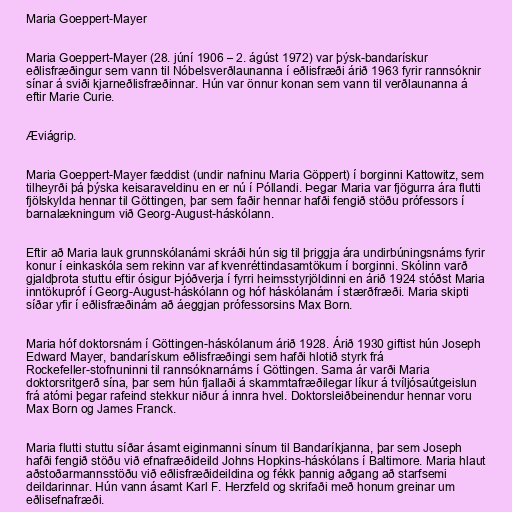
Maria Goeppert-Mayer

Maria Goeppert-Mayer (28. júní 1906 – 2. ágúst 1972) var þýsk-bandarískur
eðlisfræðingur sem vann til Nóbelsverðlaunanna í eðlisfræði árið 1963 fyrir rannsóknir
sínar á sviði kjarneðlisfræðinnar. Hún var önnur konan sem vann til verðlaunanna á
eftir Marie Curie.

Æviágrip.

Maria Goeppert-Mayer fæddist (undir nafninu Maria Göppert) í borginni Kattowitz, sem
tilheyrði þá þýska keisaraveldinu en er nú í Póllandi. Þegar Maria var fjögurra ára flutti
fjölskylda hennar til Göttingen, þar sem faðir hennar hafði fengið stöðu prófessors í
barnalækningum við Georg-August-háskólann.

Eftir að Maria lauk grunnskólanámi skráði hún sig til þriggja ára undirbúningsnáms fyrir
konur í einkaskóla sem rekinn var af kvenréttindasamtökum í borginni. Skólinn varð
gjaldþrota stuttu eftir ósigur Þjóðverja í fyrri heimsstyrjöldinni en árið 1924 stóðst Maria
inntökupróf í Georg-August-háskólann og hóf háskólanám í stærðfræði. Maria skipti
síðar yfir í eðlisfræðinám að áeggjan prófessorsins Max Born.

Maria hóf doktorsnám í Göttingen-háskólanum árið 1928. Árið 1930 giftist hún Joseph
Edward Mayer, bandarískum eðlisfræðingi sem hafði hlotið styrk frá
Rockefeller-stofnuninni til rannsóknarnáms í Göttingen. Sama ár varði Maria
doktorsritgerð sína, þar sem hún fjallaði á skammtafræðilegar líkur á tvíljósaútgeislun
frá atómi þegar rafeind stekkur niður á innra hvel. Doktorsleiðbeinendur hennar voru
Max Born og James Franck.

Maria flutti stuttu síðar ásamt eiginmanni sínum til Bandaríkjanna, þar sem Joseph
hafði fengið stöðu við efnafræðideild Johns Hopkins-háskólans í Baltimore. Maria hlaut
aðstoðarmannsstöðu við eðlisfræðideildina og fékk þannig aðgang að starfsemi
deildarinnar. Hún vann ásamt Karl F. Herzfeld og skrifaði með honum greinar um
eðlisefnafræði.